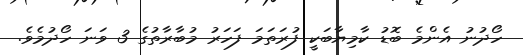
ހޯދުނު އެންމެ ބޮޑު ކާމިޔާބަކީ ފުރަތަމަ ފަހަރު މުބާރާތުގެ 3 ވަނަ ހޯދުމެވެ.